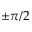
\pm \pi / 2